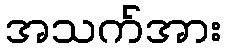
အသက်အား